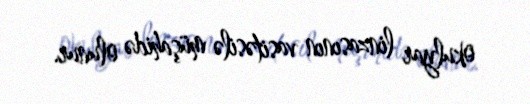
okulyar linzasının vasitəsilə müşahidə olunur.